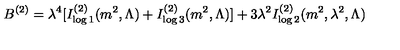
B ^ { ( 2 ) } = \lambda ^ { 4 } [ I _ { \log 1 } ^ { ( 2 ) } ( m ^ { 2 } , \Lambda ) + I _ { \log 3 } ^ { ( 2 ) } ( m ^ { 2 } , \Lambda ) ] + 3 \lambda ^ { 2 } I _ { \log 2 } ^ { ( 2 ) } ( m ^ { 2 } , \lambda ^ { 2 } , \Lambda )